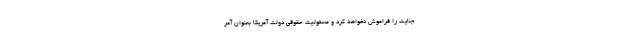
جنایت را فراموش نخواهد کرد ‌و مسئولیت حقوقی دولت آمریکا بعنوان آمر